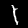
Label: 1